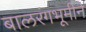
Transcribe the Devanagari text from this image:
बालरंगभूमीने